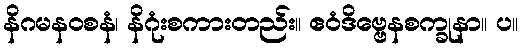
နိဂမနဝစနံ၊ နိဂုံးစကားတည်း။ ဧဝံဒိဗ္ဗေနစက္ခုနာ။ ပ။